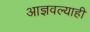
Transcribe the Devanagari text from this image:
आज्ञवल्याही